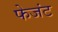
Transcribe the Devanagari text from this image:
फेजंट